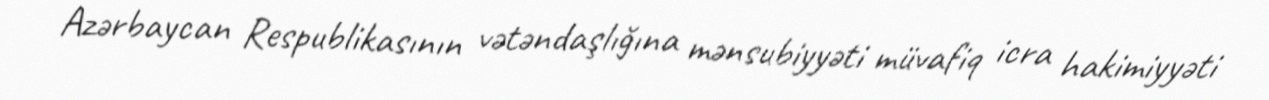
Azərbaycan Respublikasının vətəndaşlığına mənsubiyyəti müvafiq icra hakimiyyəti